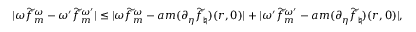
| \omega \widetilde { f } _ { m } ^ { \omega } - { \omega ^ { \prime } } \widetilde { f } _ { m } ^ { \omega ^ { \prime } } | \leq | \omega \widetilde { f } _ { m } ^ { \omega } - a m ( \partial _ { \eta } \widetilde { f } _ { \natural } ) ( r , 0 ) | + | { \omega ^ { \prime } } \widetilde { f } _ { m } ^ { \omega ^ { \prime } } - a m ( \partial _ { \eta } \widetilde { f } _ { \natural } ) ( r , 0 ) | ,